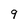
Character: 9